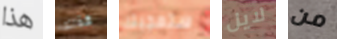
هذا كذلك ستعجبك لايل من